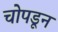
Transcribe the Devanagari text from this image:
चोपडून